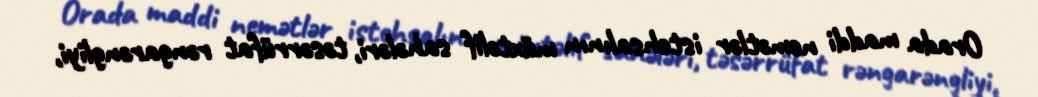
Orada maddi nemətlər istehsalının müxtəlif sahələri, təsərrüfat rəngarəngliyi,